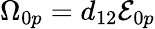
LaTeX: {\Omega}_{0p}=d_{12}{\mathcal{E}}_{0p}